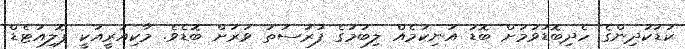
ކުޑަކުދިންގެ ހެދިބޮޑުވުމަށް ބޮޑު އުނިކަމެއް ލިބުމުގެ ފުރުސަތު ވަރަށް ބޮޑެވެ. މާކިއުރީއަކީ ޕޮލިއުޓެޑް